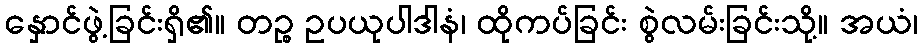
နှောင်ဖွဲ့ခြင်းရှိ၏။ တဉ္စ ဥပယုပါဒါနံ၊ ထိုကပ်ခြင်း စွဲလမ်းခြင်းသို့။ အယံ၊